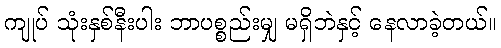
ကျုပ် သုံးနှစ်နီးပါး ဘာပစ္စည်းမျှ မရှိဘဲနှင့် နေလာခဲ့တယ်။